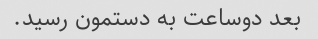
بعد دوساعت به دستمون رسید.